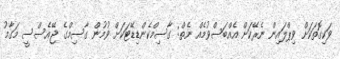
ވަކިގޮތަކަށް ވިޕްލައިން ނެރޭކަށް އެއްބަސްވުމެއް ނެތް: ގާސިމްކެންޑިޑޭޓަކަށް ވުމުން ގާސިމްގެ ޖޭއެސްސީ މަގާމު